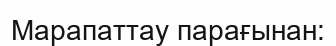
Марапаттау парағынан: